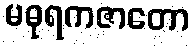
မဓုရကဇာတော